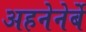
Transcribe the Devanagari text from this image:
अहनेनेर्बे